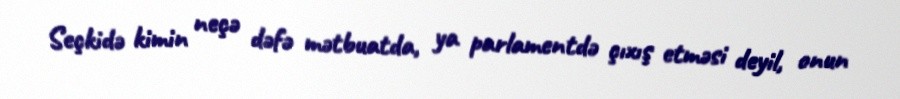
Seçkidə kimin neçə dəfə mətbuatda, ya parlamentdə çıxış etməsi deyil, onun